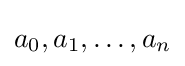
a_{0},a_{1},\dots ,a_{n}